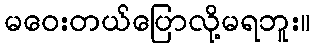
မဝေးတယ်ပြောလို့မရဘူး။